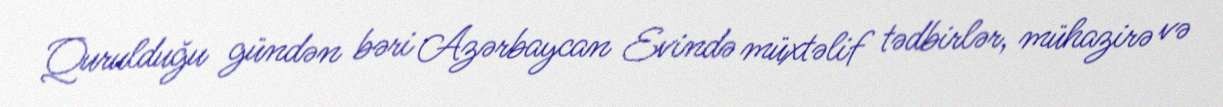
Qurulduğu gündən bəri Azərbaycan Evində müxtəlif tədbirlər, mühazirə və